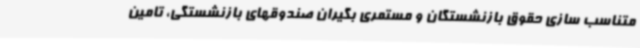
متناسب سازی حقوق بازنشستگان و مستمری بگیران صندوقهای بازنشستگی، تامین